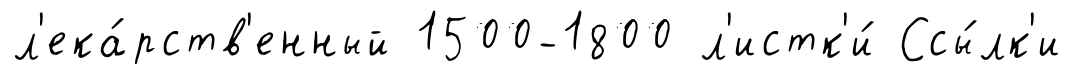
л'ека́рств'енный 1500-1800 л'истк'и́ Ссы́лк'и